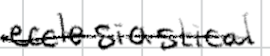
Text: ecclesiastical
Cross-out: mix
Writing tool: digital_black